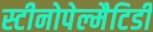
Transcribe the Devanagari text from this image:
स्टीनोपेल्मैटिडी